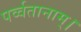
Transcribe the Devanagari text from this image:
पर्व्वतानाम्।